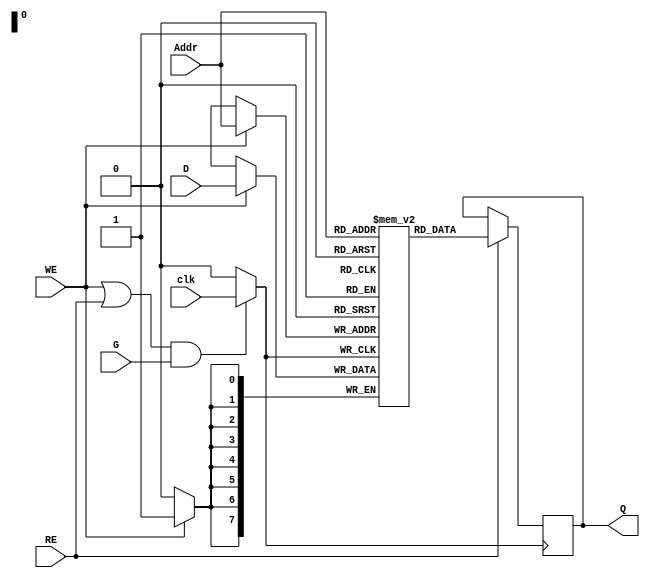
module MemoryBlockWithClockGating (
    input  wire [7:0] D,        // Data Input
    input  wire [7:0] Addr,     // Address Input
    input  wire WE,             // Write Enable
    input  wire RE,             // Read Enable
    input  wire clk,            // Main Clock
    input  wire G,              // Gating Signal
    output reg [7:0] Q          // Data Output
);

    // Memory array (256 x 8-bit SRAM for example)
    reg [7:0] memory [0:255];

    // Gated clock signal
    wire gated_clk;

    // Clock gating logic: the gated clock is active if either WE or RE is high and G is also high
    assign gated_clk = (WE || RE) && G ? clk : 1'b0;

    // Write operation
    always @(posedge gated_clk) begin
        if (WE) begin
            memory[Addr] <= D; // Write data to memory
        end
    end

    // Read operation
    always @(posedge gated_clk) begin
        if (RE) begin
            Q <= memory[Addr]; // Read data from memory
        end
    end

endmodule